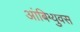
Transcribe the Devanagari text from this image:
आंबिग्युवस